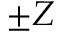
\pm Z